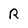
Character: R